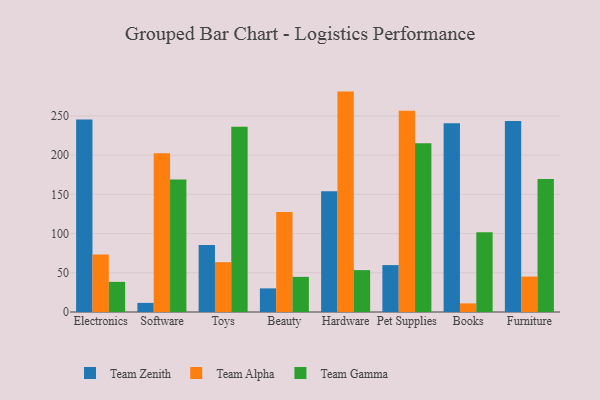
{"axis": {"x": "Category", "y": "Production Output"}, "legend": ["Team Alpha", "Team Gamma", "Team Zenith"], "data": [{"x": "Electronics", "y": 245.4, "type": "Team Zenith"}, {"x": "Electronics", "y": 73.2, "type": "Team Alpha"}, {"x": "Electronics", "y": 38.4, "type": "Team Gamma"}, {"x": "Software", "y": 11.6, "type": "Team Zenith"}, {"x": "Software", "y": 202.4, "type": "Team Alpha"}, {"x": "Software", "y": 168.8, "type": "Team Gamma"}, {"x": "Toys", "y": 85.4, "type": "Team Zenith"}, {"x": "Toys", "y": 63.5, "type": "Team Alpha"}, {"x": "Toys", "y": 236.3, "type": "Team Gamma"}, {"x": "Beauty", "y": 30.1, "type": "Team Zenith"}, {"x": "Beauty", "y": 127.6, "type": "Team Alpha"}, {"x": "Beauty", "y": 44.8, "type": "Team Gamma"}, {"x": "Hardware", "y": 154.1, "type": "Team Zenith"}, {"x": "Hardware", "y": 281.0, "type": "Team Alpha"}, {"x": "Hardware", "y": 53.4, "type": "Team Gamma"}, {"x": "Pet Supplies", "y": 59.8, "type": "Team Zenith"}, {"x": "Pet Supplies", "y": 256.7, "type": "Team Alpha"}, {"x": "Pet Supplies", "y": 215.2, "type": "Team Gamma"}, {"x": "Books", "y": 240.5, "type": "Team Zenith"}, {"x": "Books", "y": 11.0, "type": "Team Alpha"}, {"x": "Books", "y": 101.7, "type": "Team Gamma"}, {"x": "Furniture", "y": 243.6, "type": "Team Zenith"}, {"x": "Furniture", "y": 45.2, "type": "Team Alpha"}, {"x": "Furniture", "y": 169.5, "type": "Team Gamma"}]}